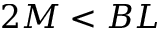
2 M < B L